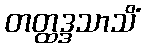
တတ္ထဒ္ဒသာသိံ